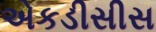
એકડીસીસ